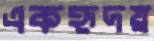
একহৃদয়